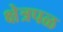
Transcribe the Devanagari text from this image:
क्षेत्रपळ